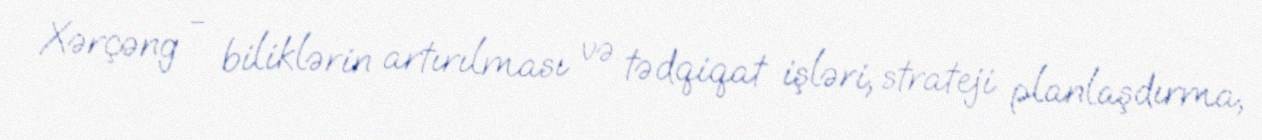
Xərçəng - biliklərin artırılması və tədqiqat işləri, strateji planlaşdırma,